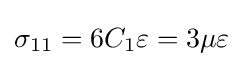
\sigma _{11}=6C_{1}\varepsilon =3\mu \varepsilon